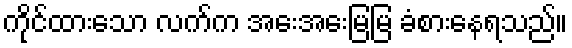
ကိုင်ထားသော လက်က အေးအေးမြမြ ခံစားနေရသည်။